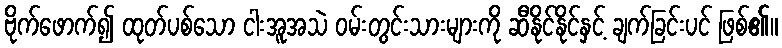
ဗိုက်ဖောက်၍ ထုတ်ပစ်သော ငါးအူအသဲ ဝမ်းတွင်းသားများကို ဆီနိုင်နိုင်နှင့် ချက်ခြင်းပင် ဖြစ်၏။